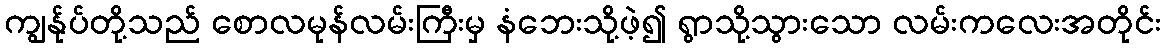
ကျွန်ုပ်တို့သည် စောလမုန်လမ်းကြီးမှ နံဘေးသို့ဖဲ့၍ ရွာသို့သွားသော လမ်းကလေးအတိုင်း